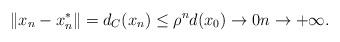
LaTeX: \begin{align*}\|x_n -x_n^*\| =d_C(x_n) \leq \rho^n d(x_0) \to 0 n \to +\infty.\end{align*}